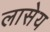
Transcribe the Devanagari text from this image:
लासेय